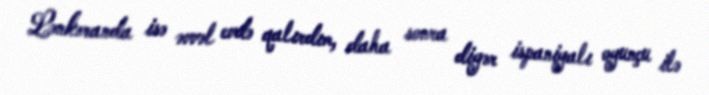
Lənkəranda isə əvvəl evdə qalırdım, daha sonra digər ispaniyalı oyunçu ilə